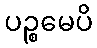
ပဉ္စမေပိ